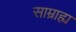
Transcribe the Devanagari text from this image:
साम्राह्य